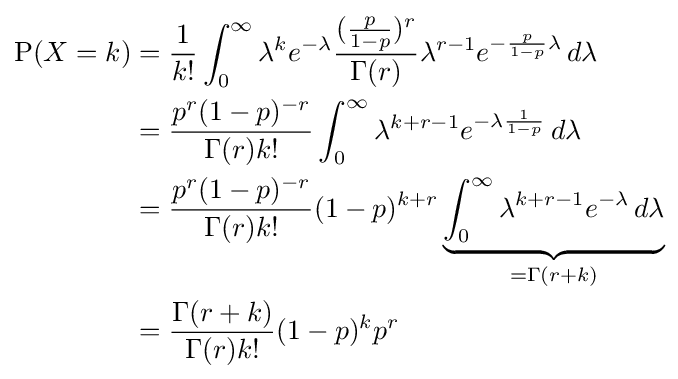
{\begin{aligned}\operatorname {P} (X=k)&={\frac {1}{k!}}\int _{0}^{\infty }\lambda ^{k}e^{-\lambda }{\frac {({\frac {p}{1-p}})^{r}}{\Gamma (r)}}\lambda ^{r-1}e^{-{\frac {p}{1-p}}\lambda }\,d\lambda \\&={\frac {p^{r}(1-p)^{-r}}{\Gamma (r)k!}}\int _{0}^{\infty }\lambda ^{k+r-1}e^{-\lambda {\frac {1}{1-p}}}\,d\lambda \\&={\frac {p^{r}(1-p)^{-r}}{\Gamma (r)k!}}(1-p)^{k+r}\underbrace {\int _{0}^{\infty }\lambda ^{k+r-1}e^{-\lambda }\,d\lambda } _{=\Gamma (r+k)}\\&={\frac {\Gamma (r+k)}{\Gamma (r)k!}}(1-p)^{k}p^{r}\end{aligned}}